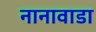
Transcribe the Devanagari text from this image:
नानावाडा